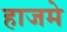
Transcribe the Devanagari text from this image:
हाजमे